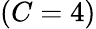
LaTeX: \left(C=4\right)